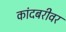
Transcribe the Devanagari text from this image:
कांदबरीवर